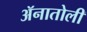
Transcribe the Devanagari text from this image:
ॲनातोली